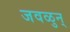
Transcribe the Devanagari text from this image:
जवळुन्